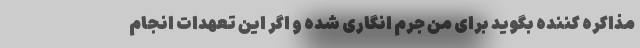
مذاکره کننده بگوید برای من جرم‌ انگاری شده و اگر این تعهدات انجام